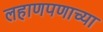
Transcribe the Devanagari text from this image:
लहाणपणाच्या